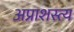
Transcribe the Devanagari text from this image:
अप्राशस्त्य